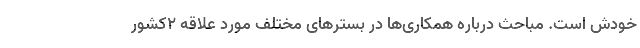
خودش است. مباحث درباره همکاری‌ها در بسترهای مختلف مورد علاقه 2کشور